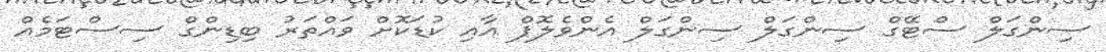
ސިންގަލް ސްޓޭގް ސިންގަލް ސިންގަލް އެންވެލޮޕް އާއި ކުޑަކޮށް ވައްތަރު ބިޑިންގް ސިސްޓަމެއް